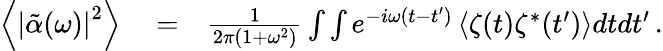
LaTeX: \begin{array}{rlr}{\left\langle\left|\tilde{\alpha}(\omega)\right|^{2}\right\rangle}&{{}=}&{\frac{1}{2\pi\left(1+\omega^{2}\right)}\int\int e^{-i\omega(t-t^{\prime})}\left\langle\zeta(t)\zeta^{*}(t^{\prime})\right\rangle dtdt^{\prime}\, .}\end{array}